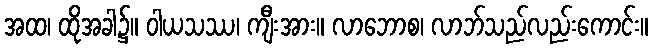
အထ၊ ထိုအခါ၌။ ဝါယသဿ၊ ကျီးအား။ လာဘောစ၊ လာဘ်သည်လည်းကောင်း။